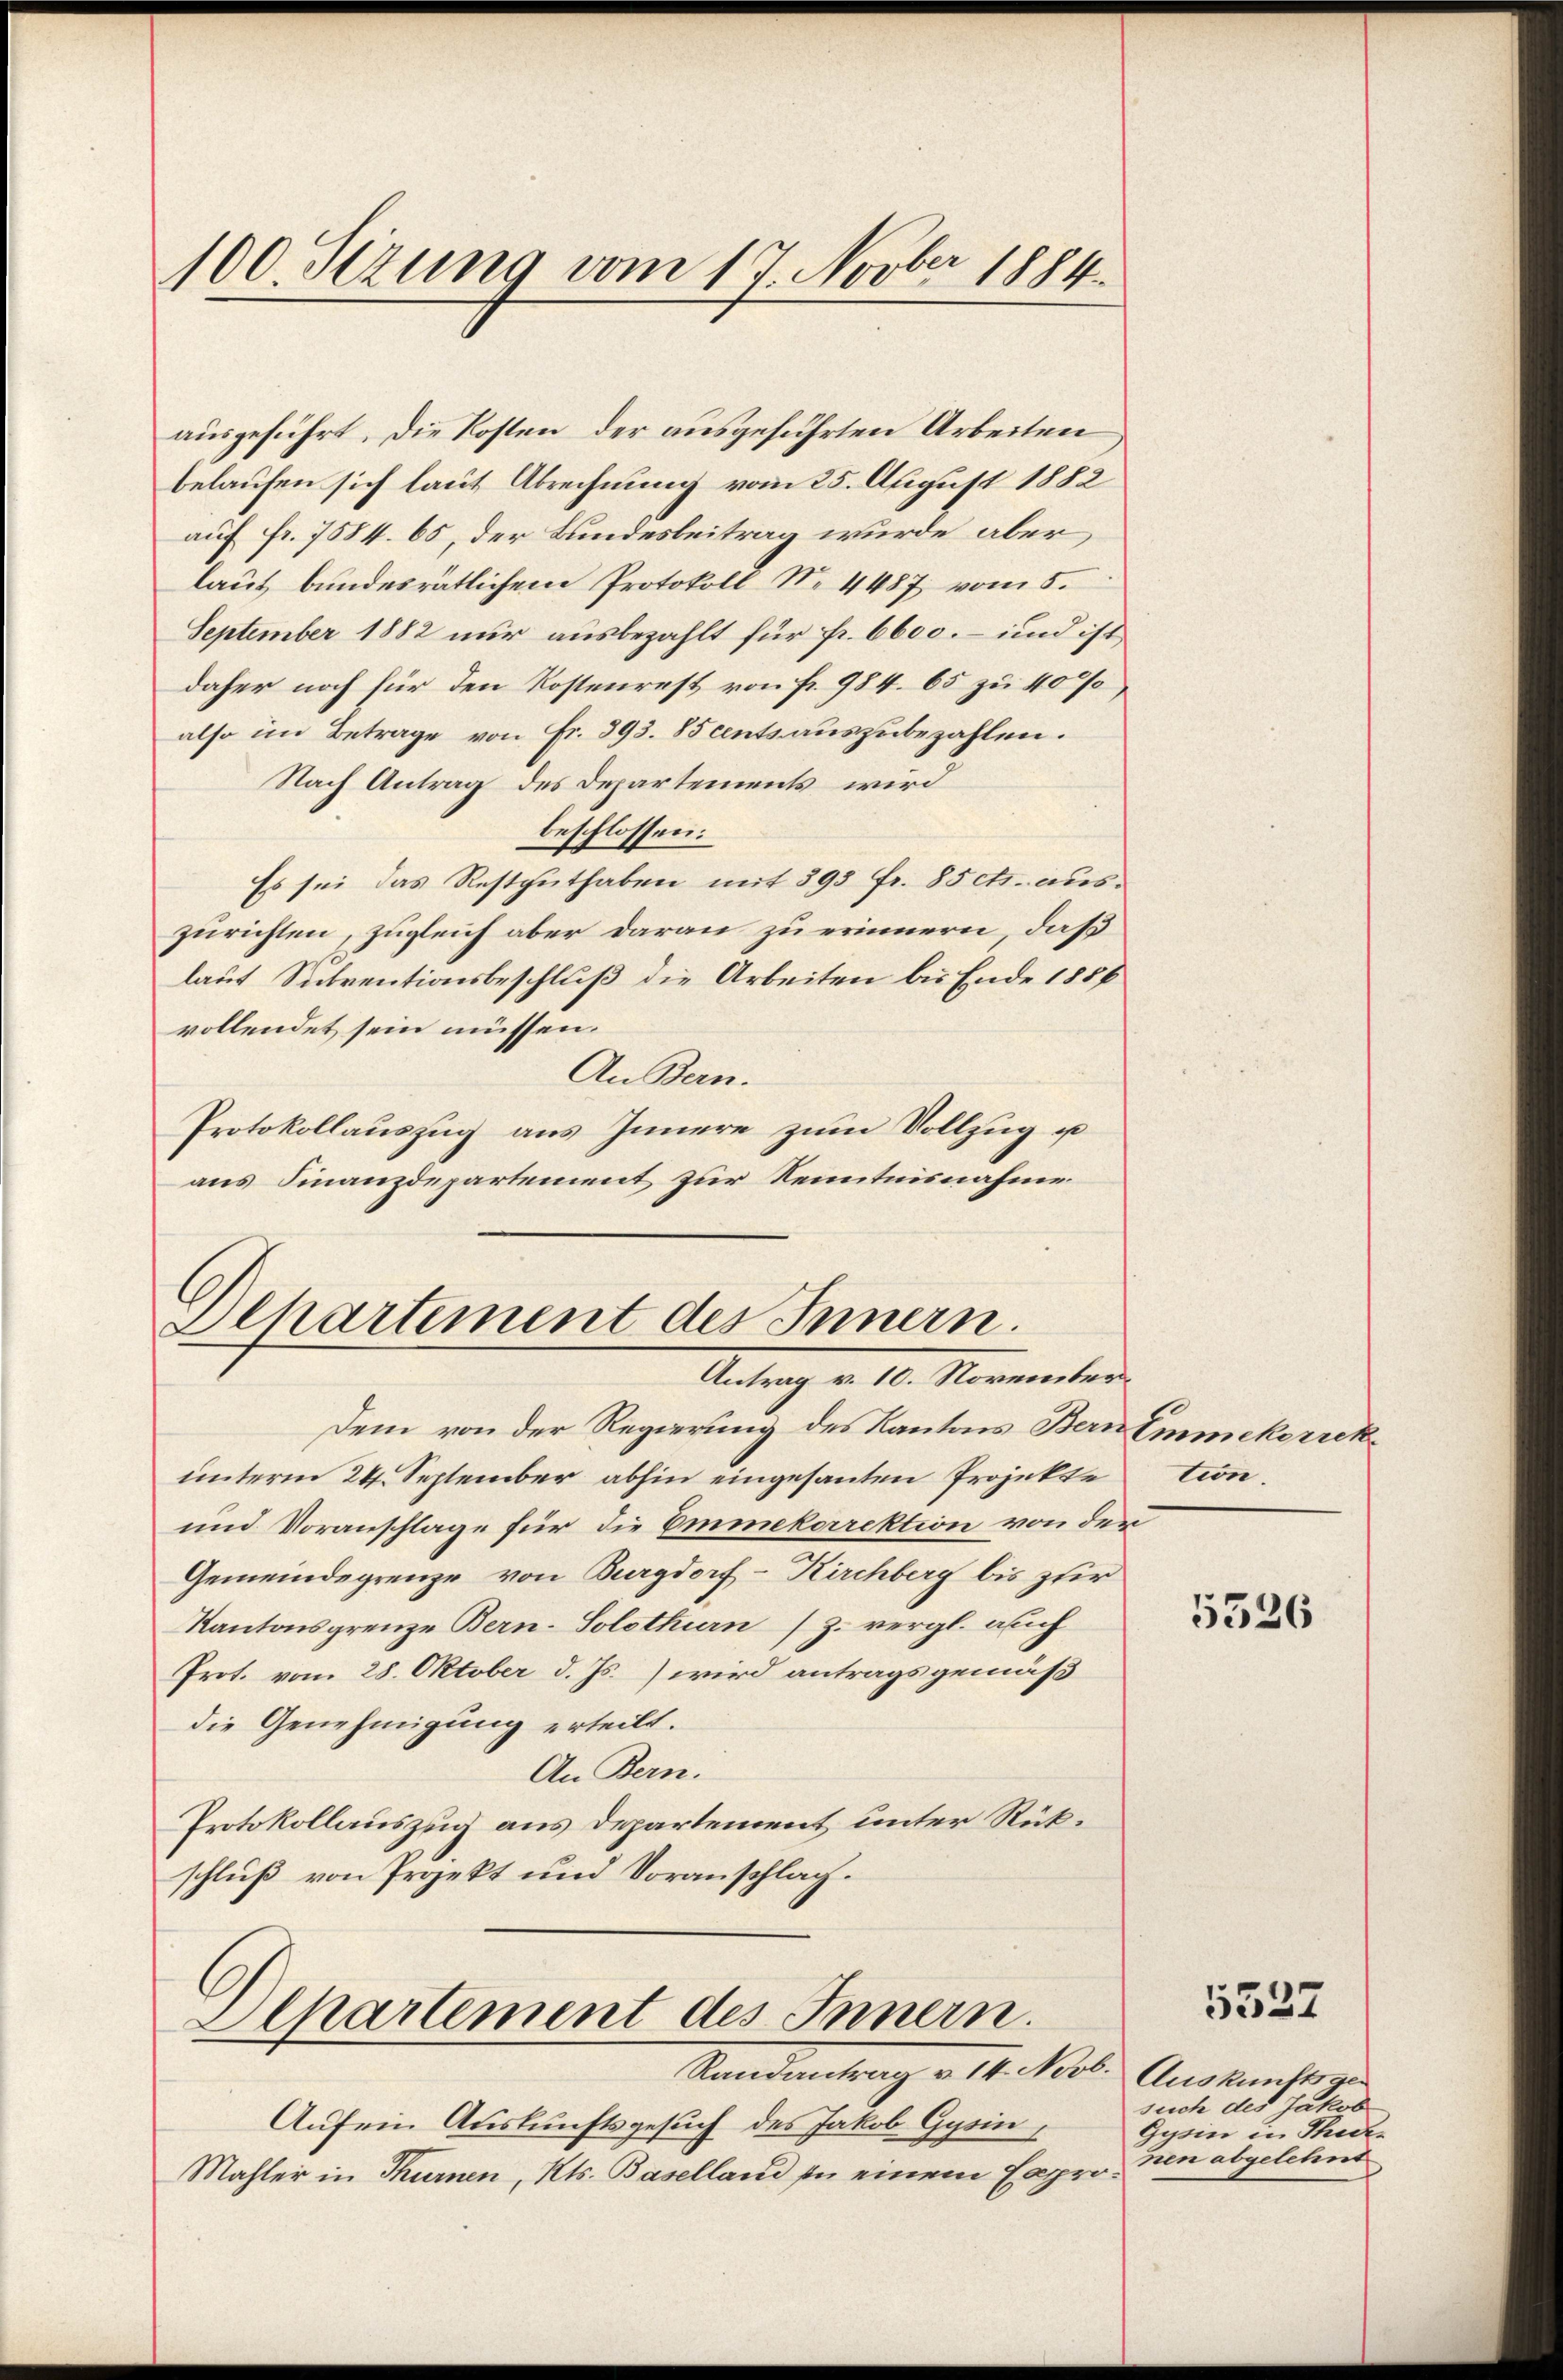
100 Sizung vom 17. Novber 1884.

ausgeführt. Die Kosten der ausgeführten Arbeiten
belaufen sich laut Abrechnung vom 25. August 1882
auf fr. 7584. 65, der Bundesbeitrag wurde aber,
laŭt bundesrätlichem Protokoll No. 4487 vom 5.
September 1882 nur ausbezahlt für Fr. 6600. – und ist
daher noch für den Kostenrest von fr. 984. 65 zu 4000,
also im Betrage von Fr. 393. 85 cents auszubezahlen.
Nach Antrag des Departements wird
beschlossen:
Es sei das Restguthaben mit 395 fr. 85 cts. auszurichten, zugleich aber daran zu erinnern, daß
laut Subventionsbeschluß die Arbeiten bis Ende 1858
vollendet sein müssen.
An Bern.
Protokollauszug aus Innere zum Vollzug u
aus Finanzdepartement zur Kenntnisnahme

Dehartement des Innern.
Antrag v. 10. November.

Dem von der Regierung des Kantons Bern Emmekorrekunterm 24. September abhin eingesanten Projekte tion
und Voranschlage für die Emmekorrektion von der
Gemeindegrenze von Burgdorf - Kirchberg bis zur
Kantonsgrenze Bern-Solothurn (z. vergl. auch
Prot. vom 28. Oktober d. Js.) wird antragsgemäß
die Genehmigung erteilt.
An Bern.
Protokollauszug aus Departement unter Rückschluß von Projekt und Voranschlag.
Departement des Innern.
Standentrag v. 14. Mob. Auskumberga
Auf ein Auskunftsgesuch des Jakob Gysin,
Mahler in Thurnen, Kts. Baselland in einem Expro¬

5526

5327

such des Jakob
Gysin in Theder
nen abgelehnt